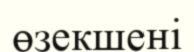
өзекшені